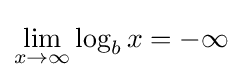
\lim _{x\to \infty }\log _{b}x=-\infty